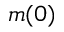
m ( 0 )